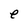
Character: e